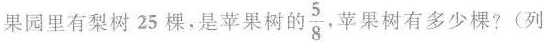
果园里有梨树25棵，是苹果树的\frac{5}{8}苹果树有多少棵?(列